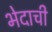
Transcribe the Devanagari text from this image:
भेदाची